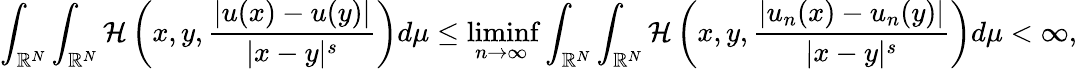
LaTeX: \int_{{\mathbb R}^{N}}\int_{{\mathbb R}^{N}}\mathcal{H}\left(x,y,\frac{|u(x)-u(y)|}{|x-y|^{s}}\right)d\mu\leq\operatorname*{liminf}_{n\rightarrow\infty}\int_{{\mathbb R}^{N}}\int_{{\mathbb R}^{N}}\mathcal{H}\left(x,y,\frac{|u_{n}(x)-u_{n}(y)|}{|x-y|^{s}}\right)d\mu<\infty,